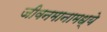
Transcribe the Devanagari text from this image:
जीवनमानामध्ये